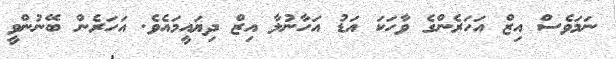
ނަމަވެސް އިޒް އަހަރެންގެ ވާހަކަ އަޑު އަހާނުލާ އިޒް ދިޔައީމައެވެ. އަހަރެން ބޭނުންވީ